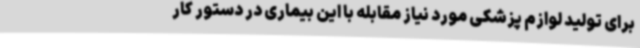
برای تولید لوازم پزشکی مورد نیاز مقابله با این بیماری در دستور کار